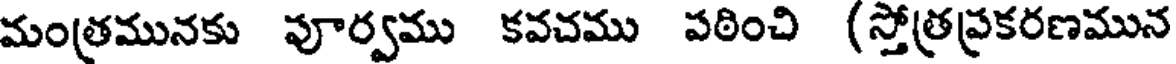
మంత్రమునకు పూర్వము కవచము పఠించి (స్తోత్రప్రకరణమున